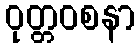
ဝုတ္တဝစနာ